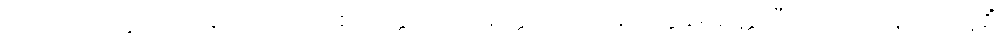
အပ္ပေါဿုက္ကတာသင်္ခါတသင်္ကောစာပတ္တိတော အတ္ထတကထိနံ သဗ္ဗနိမိတ္တေဟီတိ သာသနိကာ သူစိံ